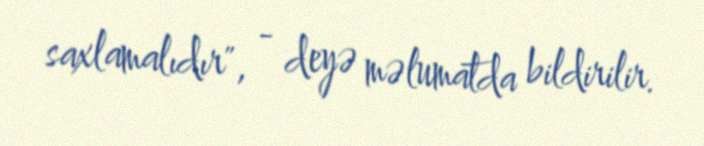
saxlamalıdır", - deyə məlumatda bildirilir.